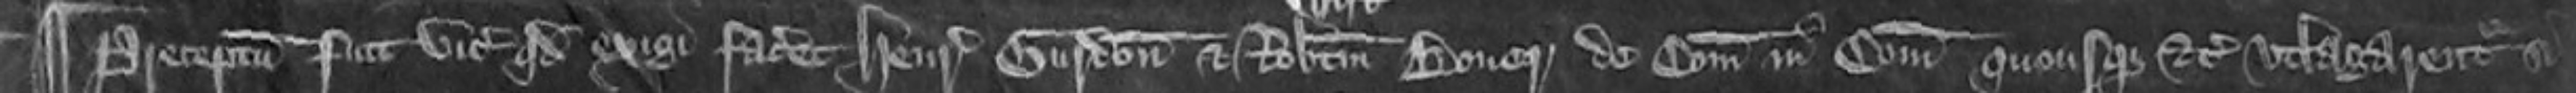
¶ Preceptum fuit vicecomiti quod exigi faceret Henricum Gurdon et Robertum Boner de comitatus in comitati quousque etc utlagarentur si